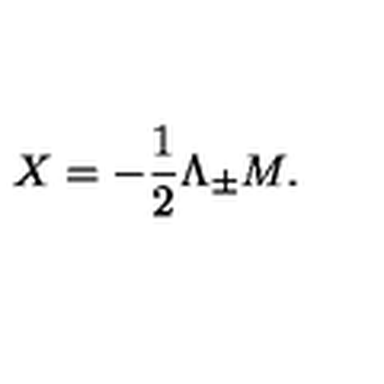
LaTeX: X = { - { \frac { 1 } { 2 } } \Lambda _ { \pm } M . }